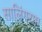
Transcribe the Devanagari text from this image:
सालिंगराम